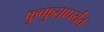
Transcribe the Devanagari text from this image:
फुप्फुसापर्यंत